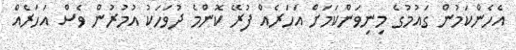
އެހެންކަމުން ގައުމުގެ މިނިވަންކަމަށް އަހަރެއް ފުރޭ ކޮންމެ ދުވަހަކު އުމުރުން ވެސް އަހަރެއް